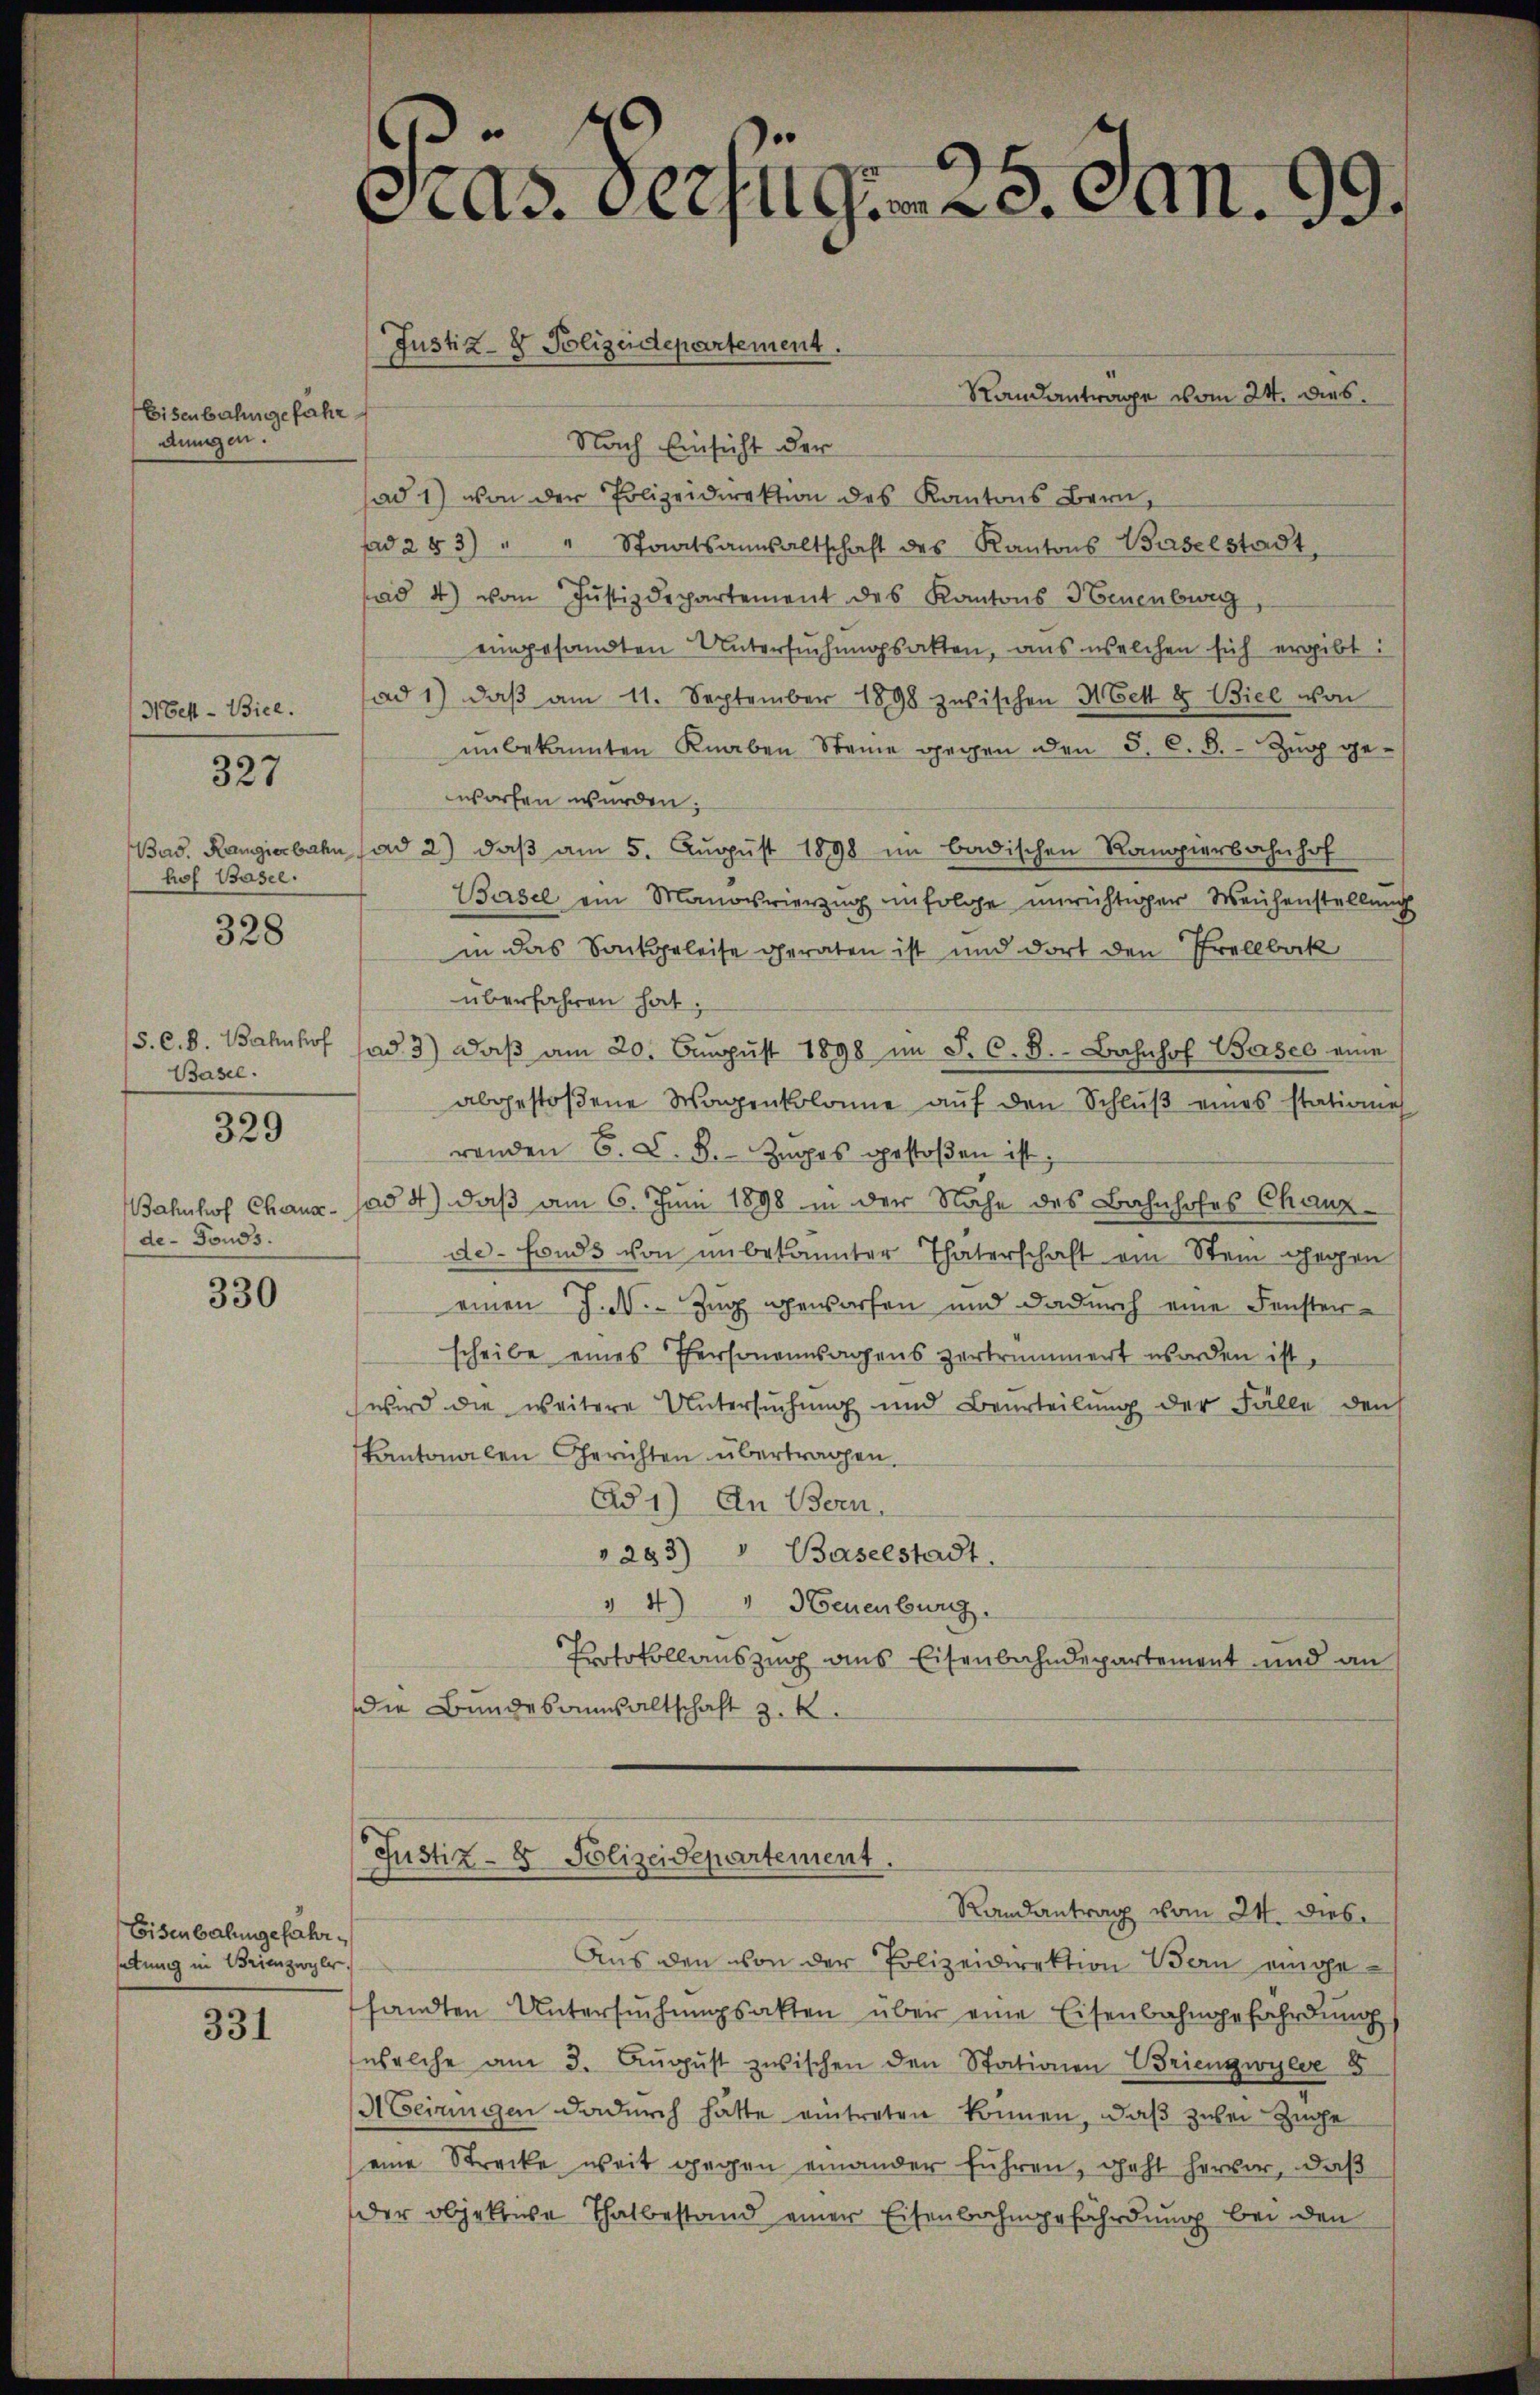
Eisenbahngefahr
dungen.

H Bett- Biel.
hof Basel.

327

328

Basel.
de-Fonds.

329

330

Eisenbahngefährsattung in Brienzwyler.

331

1
C
Gras. Derjugem 20. Jan. 99.

Justiz- & Polizeidepartement.

Randantrage vom 24. dies
Nach Einsicht der
ad 1) von der Polizeidirektion des Kantons Bern,
ad 283) " " Staatsansaltschaft des Kantons Baselstadt
ad 4) vom Justizdepartement des Kantons Neuenburg,
eingesandten Untersuchungsakten, aus welchen sich ergibt:
ad 1) daβ am 11. September 1898 zwischen Hett & Biel von
unbekannten Knaben Steine gegen den 5. C. B. Zŭg ge-
worfen wurden;
Bad. Rangierbahn (ad 2.) daß am 5. August 1898 im badischen Rangierbahnhof
Basel ein Manovierzug infolge unrichtiger Weichenstellung
in das Sackgeleise geraten ist und dort den Prellbak
überfahren hat;
S. c. d. Bahnhof sad. 3) daβ am 20. Aŭgŭst 1898 im J. C. 8. Bahnhof Basel eine
abgestoßene Wagenkolome aŭf den Schlŭβ eines stationie
renden 6. d. B. Zuges gestoßen ist.
Bahnhof Chaux- Jad d) daß am 6. Juni 1898 in der Nähe des Bahnhofes Chanz
de-Fonds von unbekannter Thäterschaft ein Stein gegen
einen J. d. Zug geworfen und dadurch eine Fenster-
scheibe eines Personensagens zertrümmert worden ist.
wird die weitere Untersuchung und Beurteilŭng der Fälle den
skantonalen Gerichten übertragen.
Ad 1) In Bern,
283) " Baselstadt.
4) " Neuenburg.
Protokollauszug aus Eisenbahndepartement und an
die Bundesanwaltschaft z. K.
Justiz- & Polizeidepartement.
Randantrag vom 24. dies
Aus den von der Polizeidirektion Bern eingesandten Untersŭchŭngsakten über eine Eisenbahngefährdŭng
welche am 3. Aŭgŭst zwischen den Stationen Brienzwyler 5
A einigen dadurch hätte eintreten können, daß zwei Zuge
eine Strecke weit gegen einander führen, geht hervor, daβ
der objektive Thatbestand einer Eisenbahngefährdung bei den